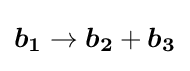
{\begin{aligned}{\boldsymbol {b_{1}}}\rightarrow {\boldsymbol {b_{2}}}+{\boldsymbol {b_{3}}}\end{aligned}}